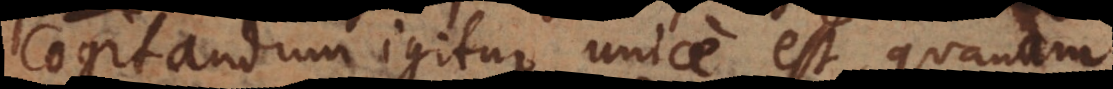
Cogitandum igitur unice est, quanam